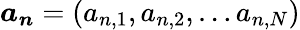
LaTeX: \boldsymbol{a_{n}}=\left(a_{n,1},a_{n,2},\ldots a_{n,N}\right)